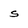
Character: s